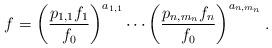
LaTeX: \begin{align*}f=\left(\frac{p_{1,1}f_1}{f_0}\right)^{a_{1,1}}\cdots\left(\frac{p_{n,m_n}f_n}{f_0}\right)^{a_{n,m_n}}.\end{align*}